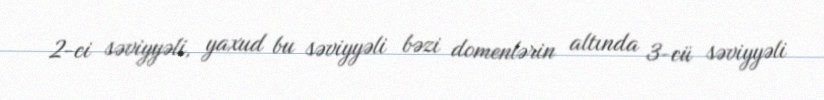
2-ci səviyyəli, yaxud bu səviyyəli bəzi domenlərin altında 3-cü səviyyəli